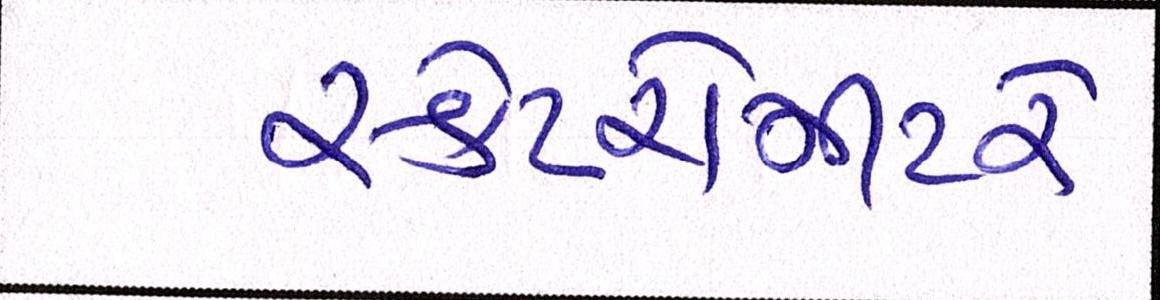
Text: સ્કેટરોમીટરે